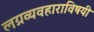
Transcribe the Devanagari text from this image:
लग्नव्यवहाराविषयी